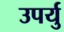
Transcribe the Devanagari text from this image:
उपर्यु